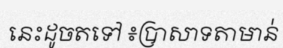
នេះដូចតទៅ ៖ប្រាសាទតាមាន់